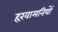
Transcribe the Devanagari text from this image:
हख़ामनियों